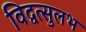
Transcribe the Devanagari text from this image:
विद्वत्सुलभ